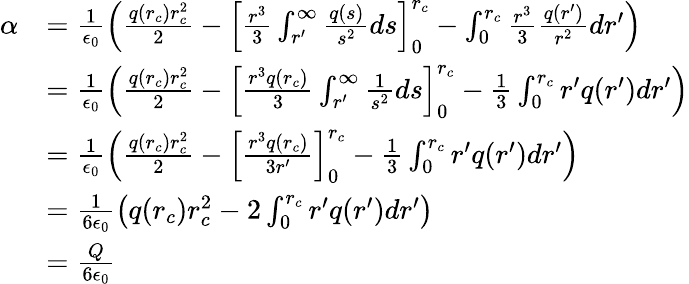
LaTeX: \begin{array}{rl}{\alpha}&{=\frac{1}{\epsilon_{0}}\left(\frac{q(r_{c})r_{c}^{2}}{2}-\left[\frac{r^{3}}{3}\int_{r^{\prime}}^{\infty}\frac{q(s)}{s^{2}}ds\right]_{0}^{r_{c}}-\int_{0}^{r_{c}}\frac{r^{3}}{3}\frac{q(r^{\prime})}{r^{2}}dr^{\prime}\right)}\\ &{=\frac{1}{\epsilon_{0}}\left(\frac{q(r_{c})r_{c}^{2}}{2}-\left[\frac{r^{3}q(r_{c})}{3}\int_{r^{\prime}}^{\infty}\frac{1}{s^{2}}ds\right]_{0}^{r_{c}}-\frac{1}{3}\int_{0}^{r_{c}}r^{\prime}q(r^{\prime})dr^{\prime}\right)}\\ &{=\frac{1}{\epsilon_{0}}\left(\frac{q(r_{c})r_{c}^{2}}{2}-\left[\frac{r^{3}q(r_{c})}{3r^{\prime}}\right]_{0}^{r_{c}}-\frac{1}{3}\int_{0}^{r_{c}}r^{\prime}q(r^{\prime})dr^{\prime}\right)}\\ &{=\frac{1}{6\epsilon_{0}}\left(q(r_{c})r_{c}^{2}-2\int_{0}^{r_{c}}r^{\prime}q(r^{\prime})dr^{\prime}\right)}\\ &{=\frac{Q}{6\epsilon_{0}}}\end{array}